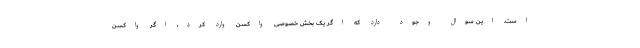
است. این سوال وجود دارد که اگر یک بخش خصوصی واکسن وارد کرد، اگر واکسن